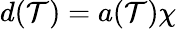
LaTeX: d(\mathcal{T})=a(\mathcal{T})\chi